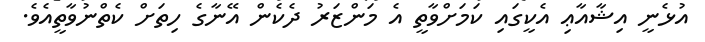
އުޅެނީ އިޝާއާޢި އެކީގައި ކަމަށްވާތީ އެ މަންޒަރު ދެކެން އޭނާގެ ހިތަށް ކެތްނުވާތީއެވެ.